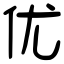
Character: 优